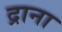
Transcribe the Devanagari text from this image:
द्राना